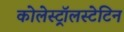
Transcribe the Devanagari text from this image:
कोलेस्ट्रॉलस्टेटिन